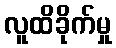
လူထိခိုက်မှု